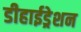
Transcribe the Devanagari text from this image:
डीहाईड्रेशन